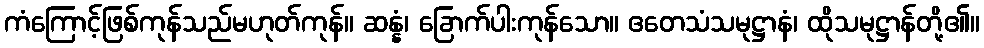
ကံကြောင့်ဖြစ်ကုန်သည်မဟုတ်ကုန်။ ဆန္နံ၊ ခြောက်ပါးကုန်သော။ ဧတေသံသမုဋ္ဌာနံ၊ ထိုသမုဋ္ဌာန်တို့၏။